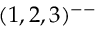
( 1 , 2 , 3 ) ^ { -- }